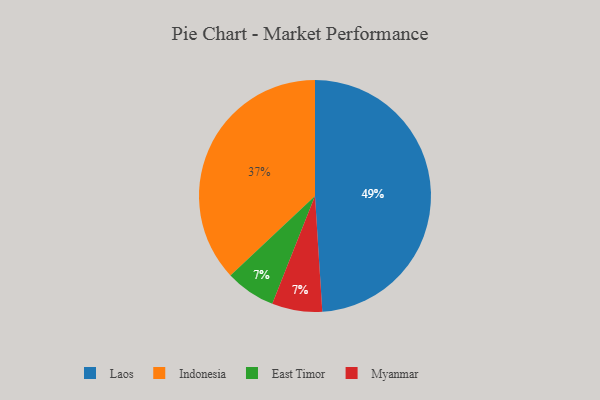
{"axis": {"x": "Category", "y": "Percentage"}, "legend": ["East Timor", "Indonesia", "Laos", "Myanmar"], "data": [{"x": "Indonesia", "y": 37, "type": "Indonesia"}, {"x": "East Timor", "y": 7, "type": "East Timor"}, {"x": "Laos", "y": 49, "type": "Laos"}, {"x": "Myanmar", "y": 7, "type": "Myanmar"}]}